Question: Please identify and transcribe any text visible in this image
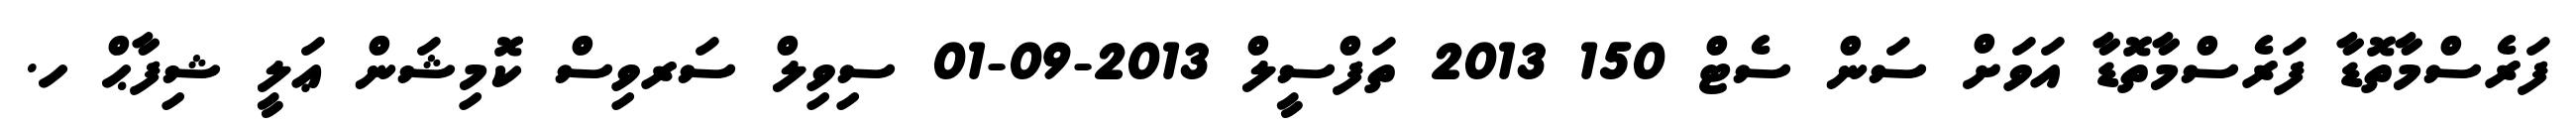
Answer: ފަރެސްމާތޮޑާ ފަރެސްމާތޮޑާ އަވަށް ސަން ސެޓް 150 2013 ތަފްސީލް 2013-09-01 ސިވިލް ސަރވިސް ކޮމިޝަން ޢަލީ ޝިފާޙް ހ.